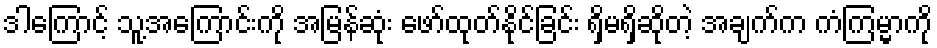
ဒါကြောင့် သူ့အကြောင်းကို အမြန်ဆုံး ဖော်ထုတ်နိုင်ခြင်း ရှိမရှိဆိုတဲ့ အချက်က ကံကြမ္မာကို